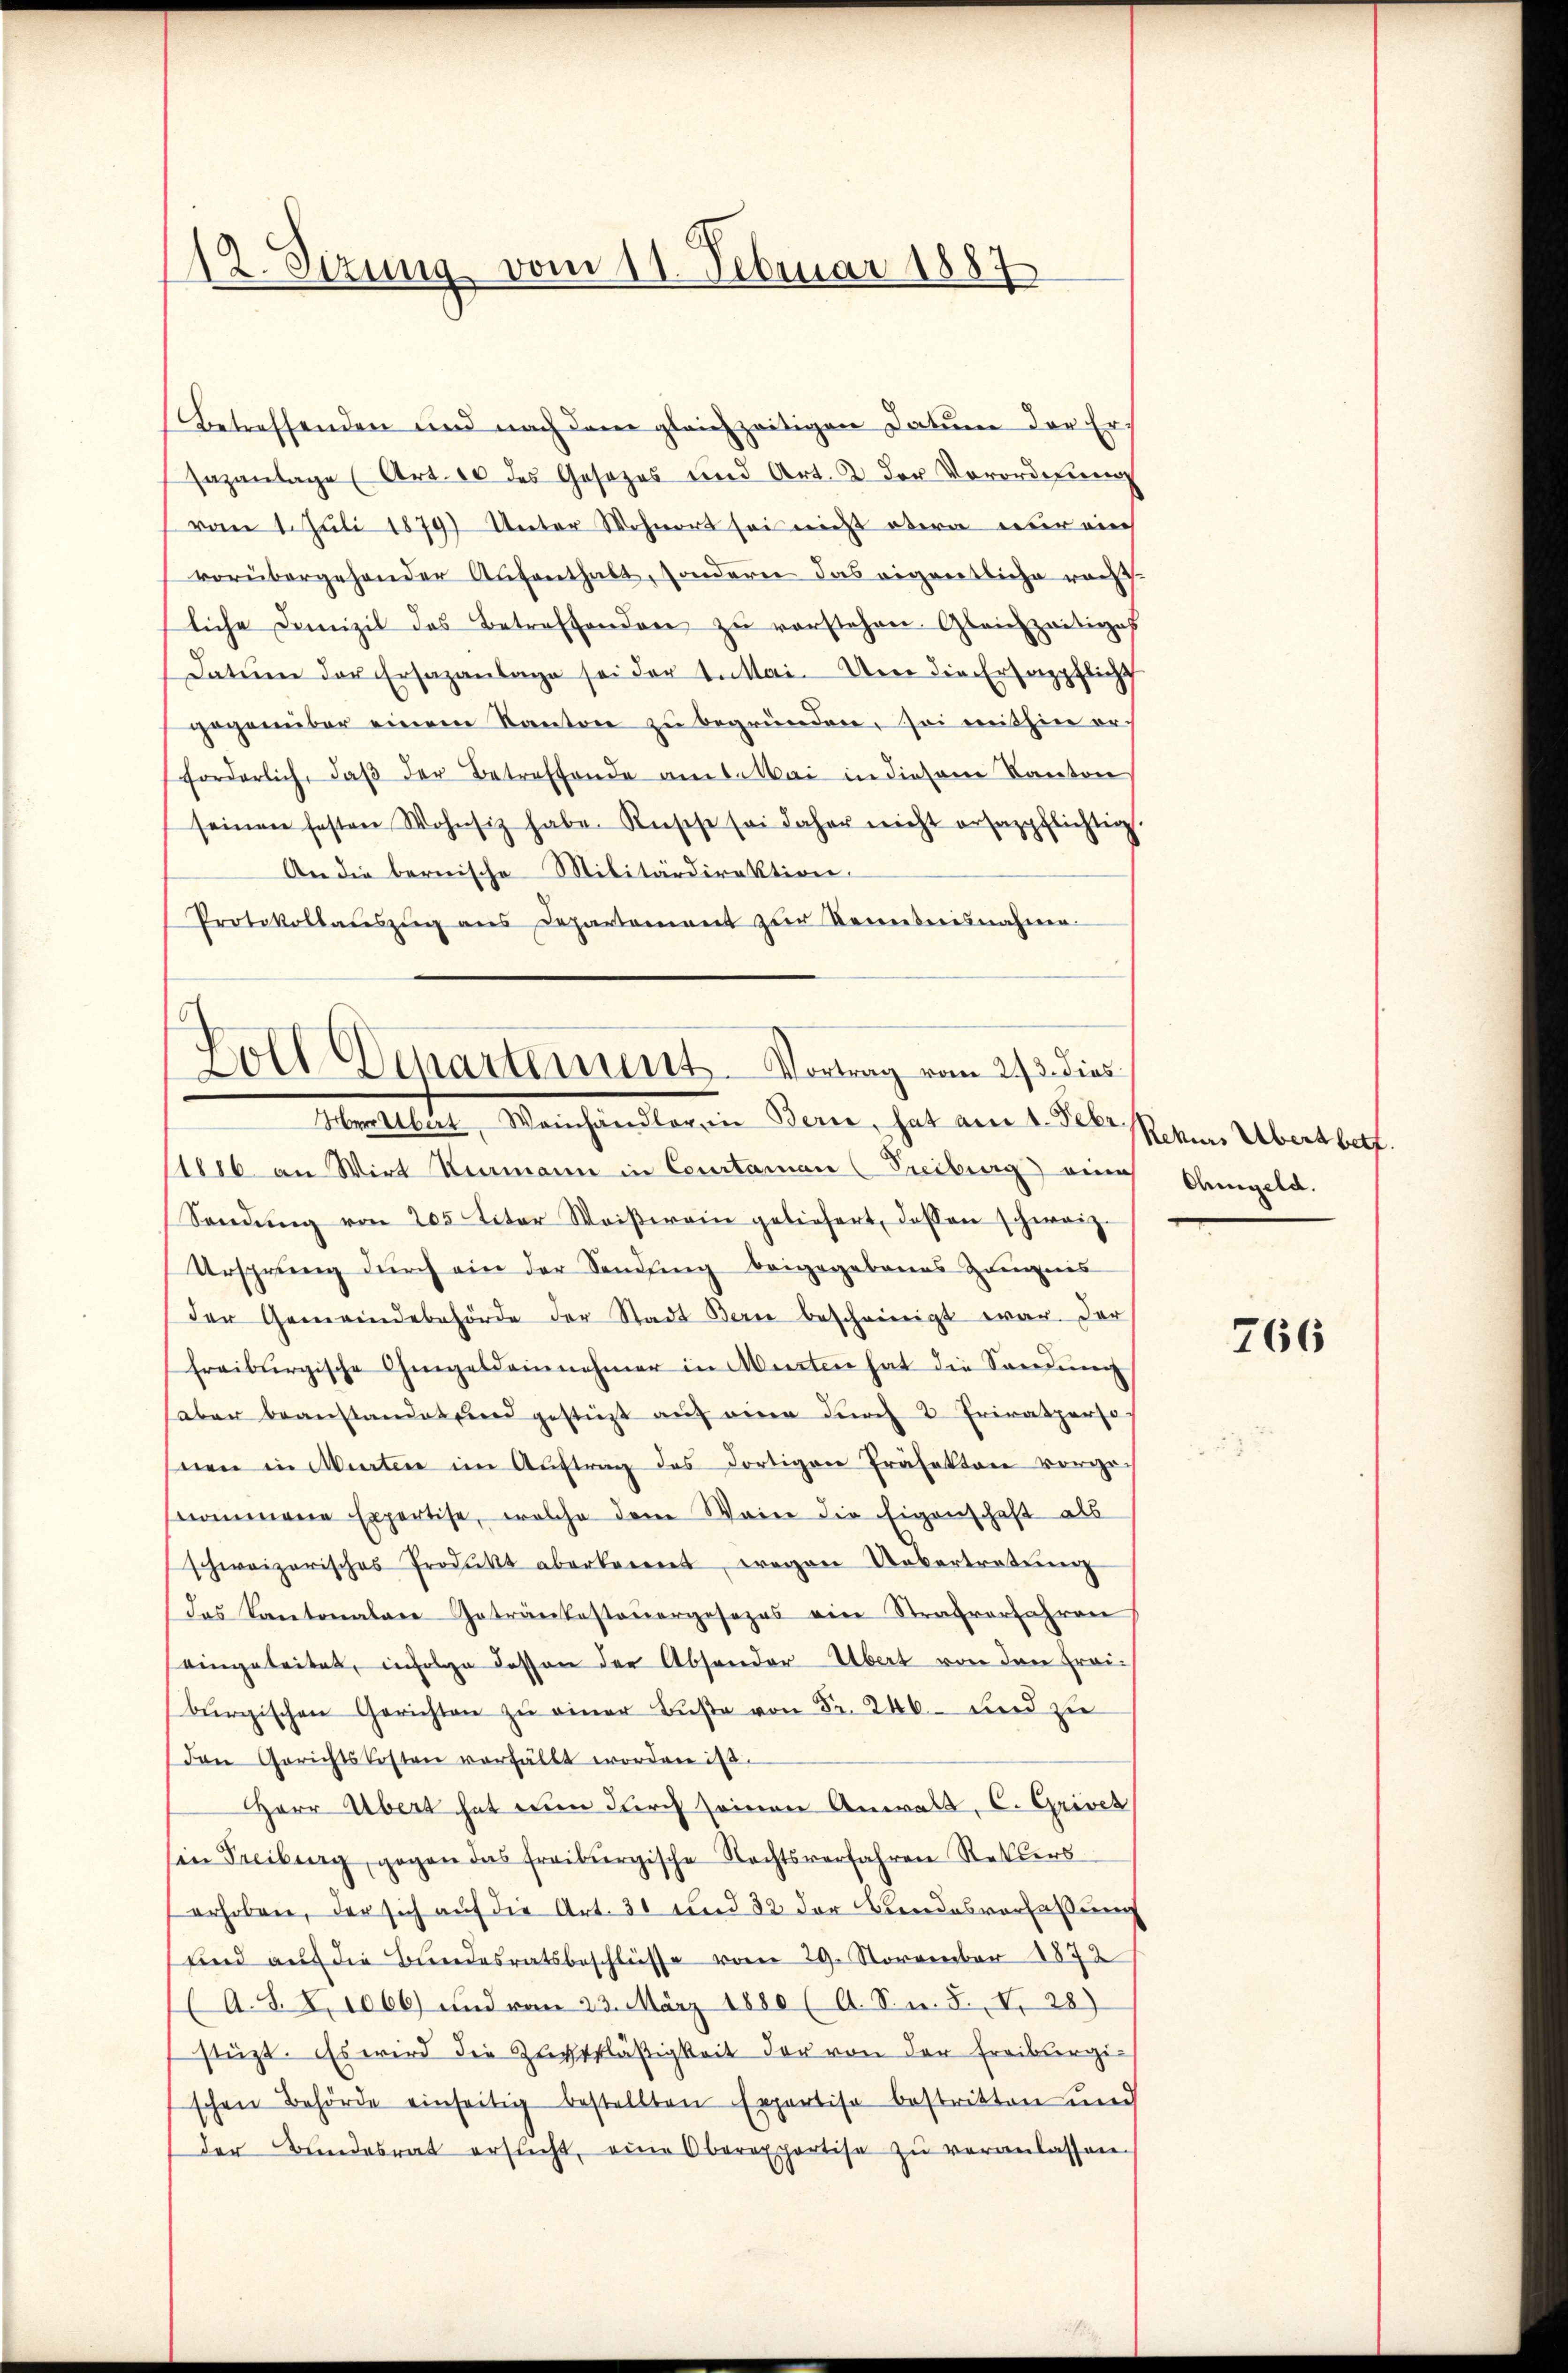
12. Sizung vom 11. Februar 1887

Betreffenden und nach dem gleichzeitigen Datum der Er-
sazantage (Art. 10 des Gesezes und Art. 2 der Vorordnung
vom 1. Juli 1879) Unter Wohner sei nicht obern nur auch
vorübergehender Aufenthalt, sondern das eigentliche rach
liche Domizil des Betreffenden zu verstehen. Gleichzeitiges
Datum der Ersazanlage sei der 1. Mai. Um die Ersazpflichs
gegenüber einem Kanton zu begründen, sei mithin orforderlich, daβ der Betreffende am Mai in diesem Kanton
seinen festen Wohnsiz habe. Rüsche sei daher nicht ersazpflichtig.
An die bernische Militärdirektion.
Protokollaŭszŭg ans Departement zŭr Semeterisnahmen

1886 an Wirt Hermann in Courtamen (Freiburg) eine Ohmgeld.
Sendŭng von 205 liter Weiβerein geliefert, dassen schweiz.
Ursprung durch ein der Sendung beigegebenes Zeugnis
der Gemeindebehörde der Stadt Bern bescheinigt war. Der
Freiburgische Gengeldeinehmer in Werten hat die Sandung
aber beanstandet sind gestürzt aŭf eine durch 3 Privatperso
nen in Wirten im Auftrag des dortigen Präfekten vorgenommene Expertise, welche dem Weine die Eigenschaft als
schweizerisches Produkt aberkennet, wegen Uebertretung
das Kantonalare Getränkesteuergesezes ein Strafverfahren
eingeleitet, infolge dessen der Absonder Übert von den Freiburgischen Gerichten zŭ einer Bŭβe von Fr. 246 und zu
Den Gerichtskosten verfällt worden ist.
Herr Übert hat nun durch seinen Anwalt, C. Grives
in Treiburg, gegen das freiburgische Rechtsverfahren Rekurs
erhoben, der sich auf die Art. 31 und 32 der Bandesverfaßung
sind aŭf die Bŭndesratsbeschlüsse vom 29. November 1872
(A. S. X. 1066) und vom 23. März 1880 (A. S. n. F. V.28)
stüzt. Es wird die Zugsfläßigkeit der von der Freibergischen Behörde einseitig bestellten Expertise bestritten und
der Bundesrat ersucht, eine Oberapportise zu veranlassen.

Zoll Departement. Vortrag vom 2/3. dies
Mettler, Mancherlegen Berne, hat am 1. Febr.

Rekurs Übertbett.

766